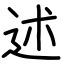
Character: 述